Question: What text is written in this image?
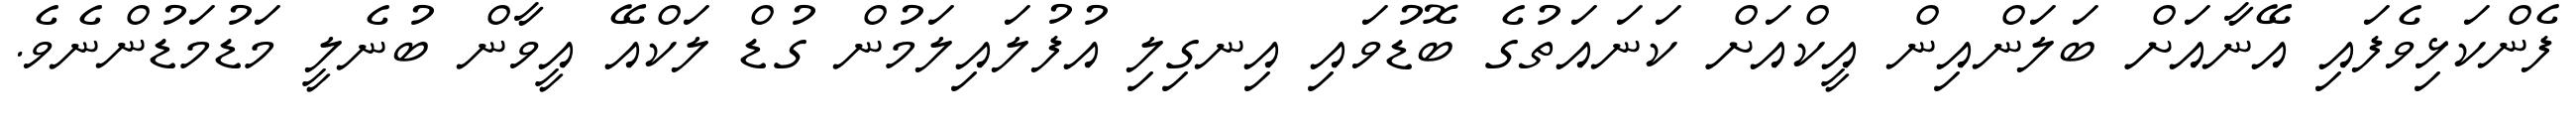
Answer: ފެންކަޅިވެފައި އޭނާއަށް ބަލަންއިން އީކްއަށް ކަނައަތުގެ ބޮޑުވައި އިނގިލި އުފުލައިލަމުން ގުޑް ލަކްއޭ އީވާން ބުނެލީ މަޑުމަޑުންނެވެ.